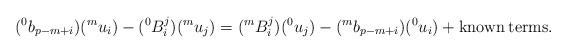
LaTeX: \begin{align*}(^0b_{p-m+i})(^mu_i)-(^0B_i^j)(^mu_j)=(^mB_i^j)(^0u_j)-(^mb_{p-m+i})(^0u_i)+{\rm known }\: {\rm terms}.\end{align*}